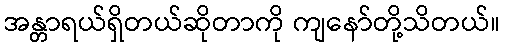
အန္တာရယ်ရှိတယ်ဆိုတာကို ကျနော်တို့သိတယ်။